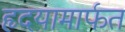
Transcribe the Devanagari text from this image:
हृदयामार्फत